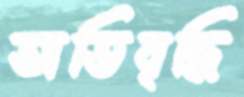
অতিবৃদ্ধি